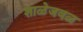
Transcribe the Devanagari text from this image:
शाळेजवळ